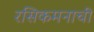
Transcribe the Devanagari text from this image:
रसिकमनाची